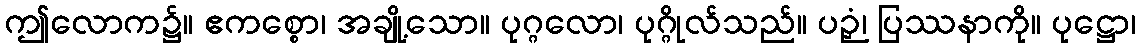
ဤလောက၌။ ဧကစ္စော၊ အချို့သော။ ပုဂ္ဂလော၊ ပုဂ္ဂိုလ်သည်။ ပဉှံ၊ ပြဿနာကို။ ပုဋ္ဌော၊